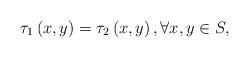
LaTeX: \begin{align*}\tau _{1}\left( x,y\right) =\tau _{2}\left( x,y\right) ,\forall x,y\in S,\end{align*}